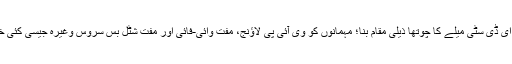
لائٹ کیوب ایل ای ڈی سٹی میلے کا چوتھا ذیلی مقام بنا؛ مہمانوں کو وی آئی پی لاؤنج، مفت وائی-فائی اور مفت شٹل بس سروس وغیرہ جیسی کئی خدمات دی گئیں۔